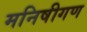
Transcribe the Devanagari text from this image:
मनिषीगण